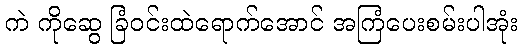
ကဲ ကိုဆွေ ခြံဝင်းထဲရောက်အောင် အကြံပေးစမ်းပါအုံး